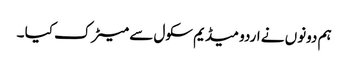
ہم دونوں نے اردو میڈیم سکول سے میٹرک کیا ۔